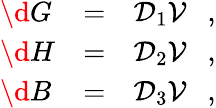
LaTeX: \begin{array}{lll}{{\d G}}&{{=}}&{{{\cal D}_{1}{\cal V}~~~,}}\\ {{\d H}}&{{=}}&{{{\cal D}_{2}{\cal V}~~~,}}\\ {{\d B}}&{{=}}&{{{\cal D}_{3}{\cal V}~~~,}}\end{array}